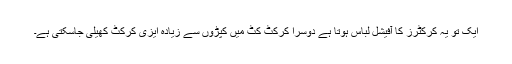
ایک تو یہ کرکٹرز کا آفیشل لباس ہوتا ہے دوسرا کرکٹ کٹ میں کپڑوں سے زیادہ ایزی کرکٹ کھیلی جاسکتی ہے۔